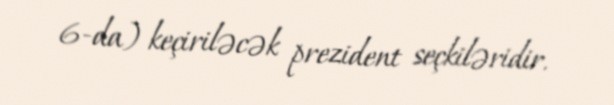
6-da) keçiriləcək prezident seçkiləridir.